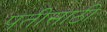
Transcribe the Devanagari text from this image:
पतीसाठी